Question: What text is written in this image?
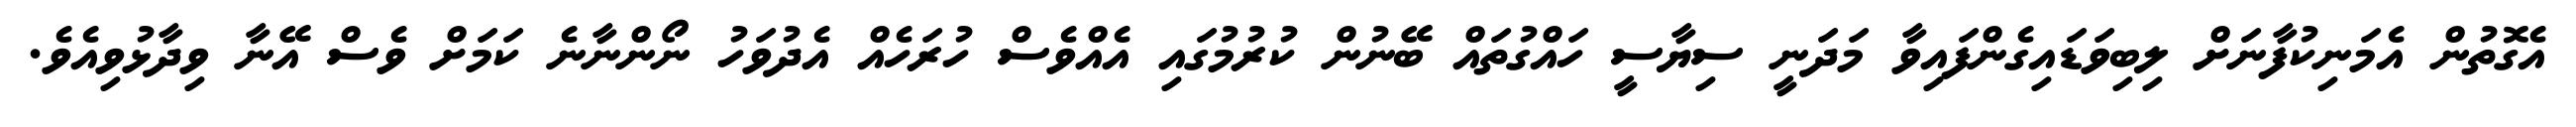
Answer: އެގޮތުން އެމަނިކުފާނަށް ލިބިވަޑައިގެންފައިވާ މަދަނީ ސިޔާސީ ހައްގުތައް ބޭނުން ކުރުމުގައި އެއްވެސް ހުރަހެއް އެދުވަހު ނޯންނާނެ ކަމަށް ވެސް އޭނާ ވިދާޅުވިއެވެ.